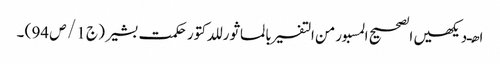
ا ھـ دیکھیں الصحیح المسبورمن التفسیر بالماثور للدکتور حکمت بشیر ( ج 1 / ص 94 ) ۔